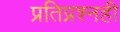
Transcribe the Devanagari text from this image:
प्रतिप्रश्‍नही